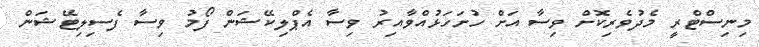
މިނިސްޓްރީ މެދުވެރިކޮށް ވިސާ އަށް ހުށަހަޅުއްވާއިރު ވިސާ އެޕްލިކޭޝަން ފޯމު ވިސާ ފެސިލިޓޭޝަން